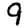
Digit: 9